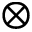
\otimes